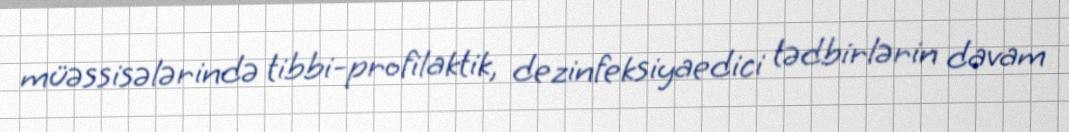
müəssisələrində tibbi-profilaktik, dezinfeksiyaedici tədbirlərin davam